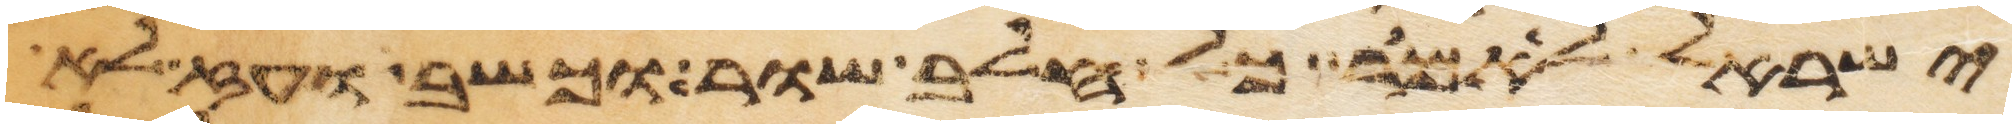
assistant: ישראל לאמר כל חלב שור וכשב ועז לא